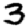
Digit: 3